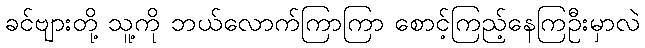
ခင်ဗျားတို့ သူ့ကို ဘယ်လောက်ကြာကြာ စောင့်ကြည့်နေကြဦးမှာလဲ